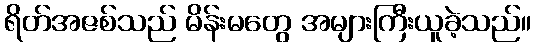
ရိတ်အဇစ်သည် မိန်းမတွေ အများကြီးယူခဲ့သည်။